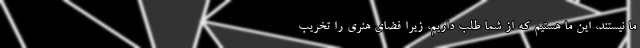
ما نیستند، این ما هستیم که از شما طلب داریم، زیرا فضای هنری را تخریب